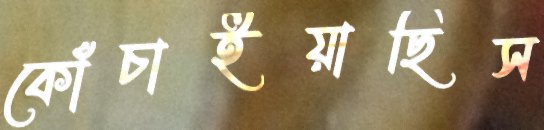
কোঁচাইয়াছিস